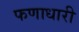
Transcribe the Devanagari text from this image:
फणाधारी